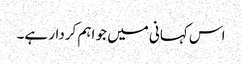
اس کہانی میں جو اہم کردار ہے۔